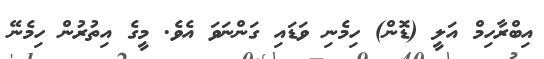
އިބްރާހިމް އަލީ (ޑޮން) ހިމެނި ވަޑައި ގަންނަވަ އެވެ. މީގެ އިތުރުން ހިމެނޭ